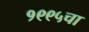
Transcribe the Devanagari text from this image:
१९९५चा